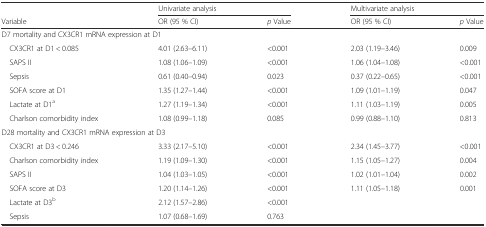
<table><thead><tr><td></td><td colspan="2"><b>Univariate analysis</b></td><td colspan="2"><b>Multivariate analysis</b></td></tr><tr><td><b>Variable</b></td><td><b>OR (95 % CI)</b></td><td><b><i>p</i> Value</b></td><td><b>OR (95 % CI)</b></td><td><b><i>p</i> Value</b></td></tr></thead><tbody><tr><td colspan="5">D7 mortality and CX3CR1 mRNA expression at D1</td></tr><tr><td> CX3CR1 at D1 &lt; 0.085</td><td>4.01 (2.63–6.11)</td><td>&lt;0.001</td><td>2.03 (1.19–3.46)</td><td>0.009</td></tr><tr><td> SAPS II</td><td>1.08 (1.06–1.09)</td><td>&lt;0.001</td><td>1.06 (1.04–1.08)</td><td>&lt;0.001</td></tr><tr><td> Sepsis</td><td>0.61 (0.40–0.94)</td><td>0.023</td><td>0.37 (0.22–0.65)</td><td>&lt;0.001</td></tr><tr><td> SOFA score at D1</td><td>1.35 (1.27–1.44)</td><td>&lt;0.001</td><td>1.09 (1.01–1.19)</td><td>0.047</td></tr><tr><td> Lactate at D1<sup>a</sup></td><td>1.27 (1.19–1.34)</td><td>&lt;0.001</td><td>1.11 (1.03–1.19)</td><td>0.005</td></tr><tr><td> Charlson comorbidity index</td><td>1.08 (0.99–1.18)</td><td>0.085</td><td>0.99 (0.88–1.10)</td><td>0.813</td></tr><tr><td colspan="5">D28 mortality and CX3CR1 mRNA expression at D3</td></tr><tr><td> CX3CR1 at D3 &lt; 0.246</td><td>3.33 (2.17–5.10)</td><td>&lt;0.001</td><td>2.34 (1.45–3.77)</td><td>&lt;0.001</td></tr><tr><td> Charlson comorbidity index</td><td>1.19 (1.09–1.30)</td><td>&lt;0.001</td><td>1.15 (1.05–1.27)</td><td>0.004</td></tr><tr><td> SAPS II</td><td>1.04 (1.03–1.05)</td><td>&lt;0.001</td><td>1.02 (1.01–1.04)</td><td>0.002</td></tr><tr><td> SOFA score at D3</td><td>1.20 (1.14–1.26)</td><td>&lt;0.001</td><td>1.11 (1.05–1.18)</td><td>0.001</td></tr><tr><td> Lactate at D3<sup>b</sup></td><td>2.12 (1.57–2.86)</td><td>&lt;0.001</td><td colspan="2"></td></tr><tr><td> Sepsis</td><td>1.07 (0.68–1.69)</td><td>0.763</td><td colspan="2"></td></tr></tbody></table>